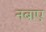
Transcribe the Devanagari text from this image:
नबाए